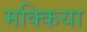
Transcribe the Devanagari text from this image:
मक्किया